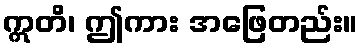
ဣတိ၊ ဤကား အဖြေတည်း။